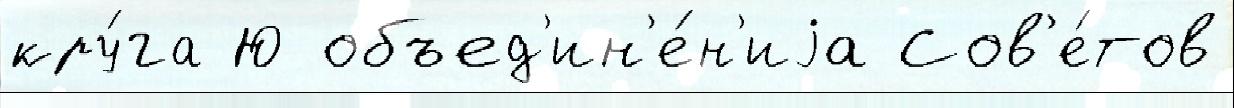
кру́га Ю объед'ин'е́н'иjа Сов'е́тов